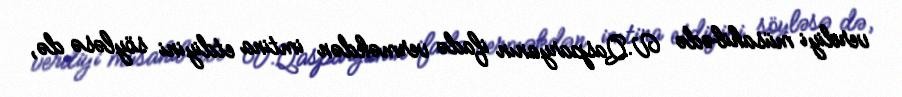
verdiyi müsahibədə V.Qasparyanın ifadə verməkdən imtina etdiyini söyləsə də,